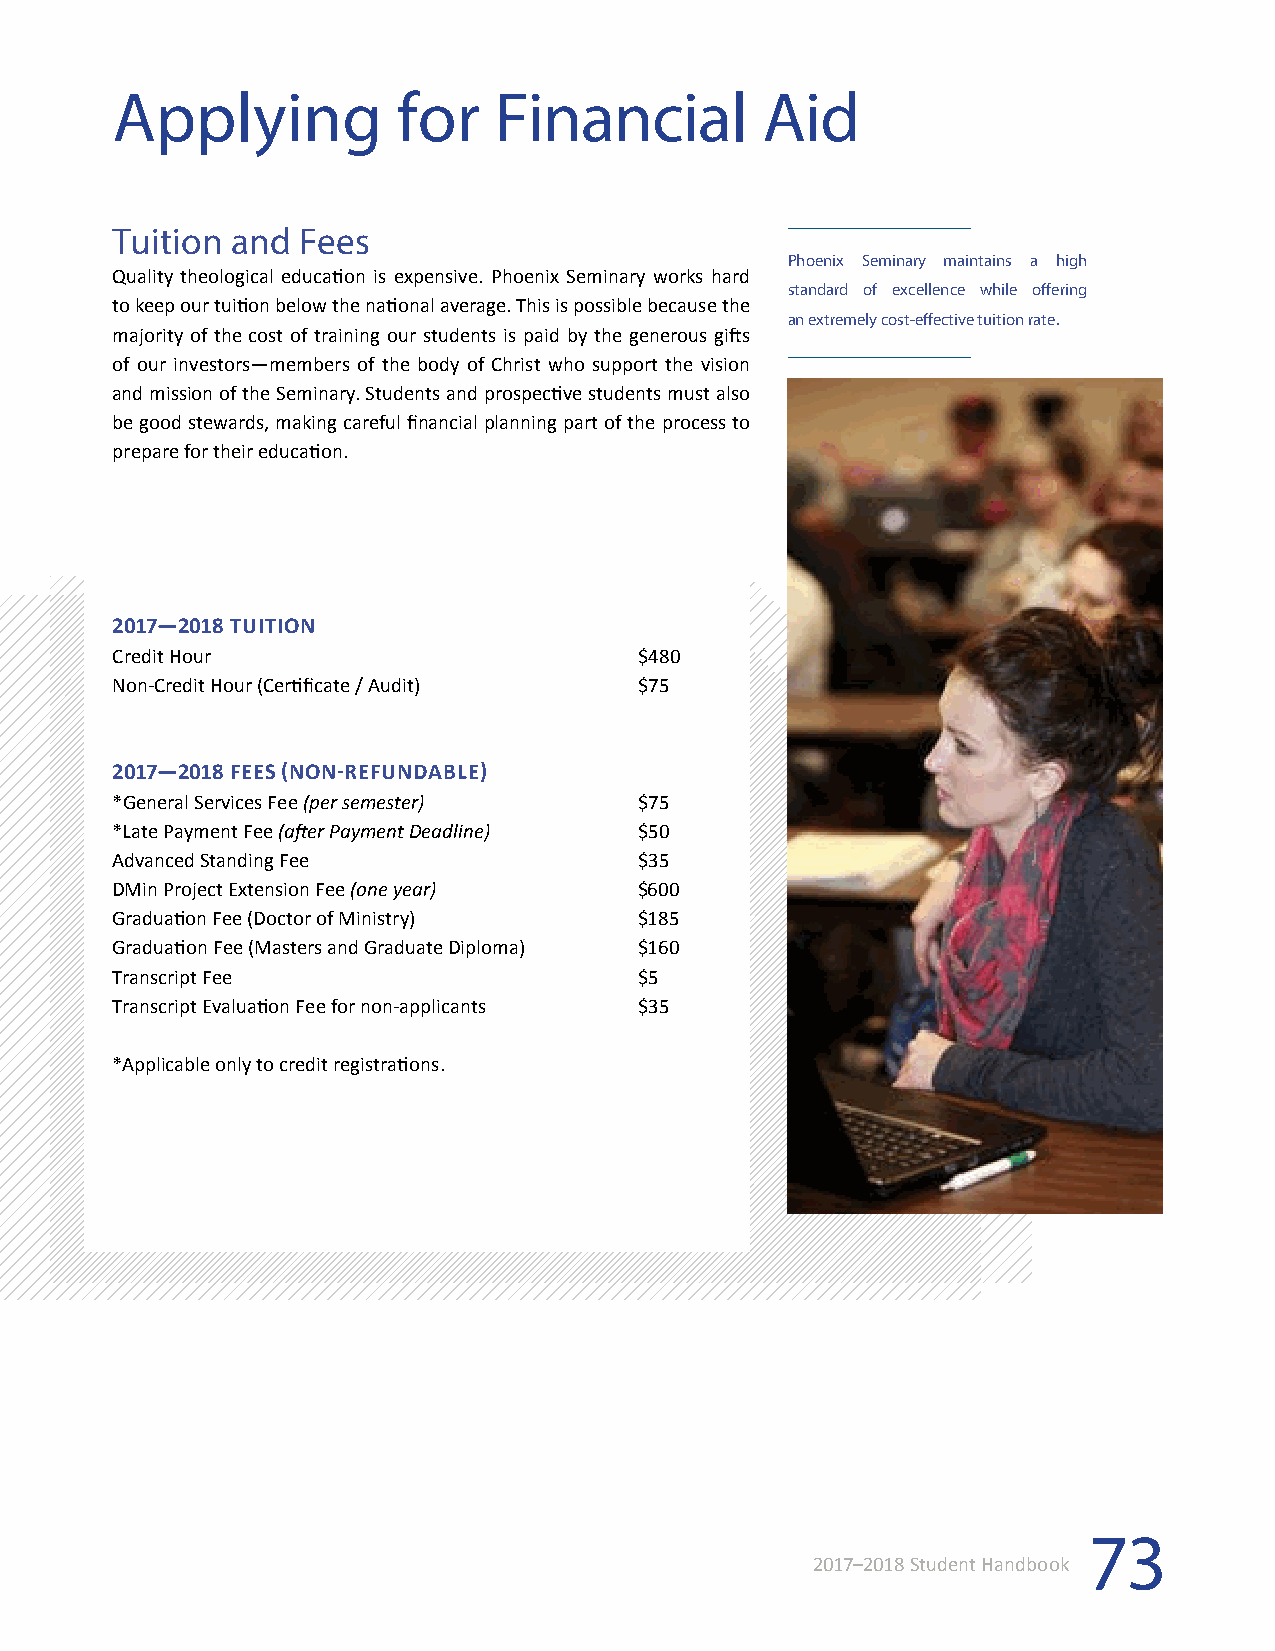
Applying           for    Financial        Aid
 Tuition and  Fees
 Phoenix Seminary maintains a high
 Quality theological education is expensive. Phoenix Seminary works hard
 standard of excellence while offering
 to keep our tuition below the national average. This is possible because the
 an extremely cost-effective tuition rate.
 majority of the cost of training our students is paid by the generous gifts
 of our investors—members of the body of Christ who support the vision
 and mission of the Seminary. Students and prospective students must also
 be good stewards, making careful financial planning part of the process to
 prepare for their education.
 2017—2018 TUITION
 Credit Hour                        $480
 Non-Credit Hour (Certificate / Audit) $75
 2017—2018 FEES (NON-REFUNDABLE)
 *General Services Fee (per semester) $75
 *Late Payment Fee (after Payment Deadline) $50
 Advanced Standing Fee              $35
 DMin Project Extension Fee (one year) $600
 Graduation Fee (Doctor of Ministry) $185
 Graduation Fee (Masters and Graduate Diploma) $160
 Transcript Fee                     $5
 Transcript Evaluation Fee for non-applicants $35
 *Applicable only to credit registrations.
 73
 2017–2018 Student Handbook